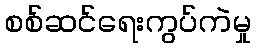
စစ်ဆင်ရေးကွပ်ကဲမှု